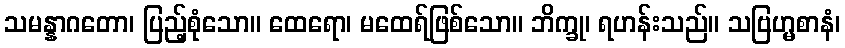
သမန္နာဂတော၊ ပြည့်စုံသော။ ထေရော၊ မထေရ်ဖြစ်သော။ ဘိက္ခု၊ ရဟန်းသည်။ သဗြဟ္မစာနံ၊